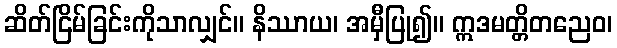
ဆိတ်ငြိမ်ခြင်းကိုသာလျှင်။ နိဿာယ၊ အမှီပြု၍။ ဣဒမတ္တိတညေဝ၊